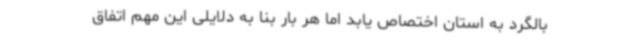
بالگرد به استان اختصاص یابد اما هر بار بنا به دلایلی این مهم اتفاق